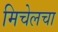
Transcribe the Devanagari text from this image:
मिचेलचा